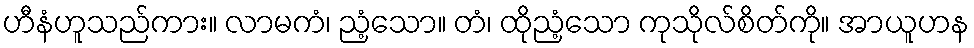
ဟီနံဟူသည်ကား။ လာမကံ၊ ညံ့သော။ တံ၊ ထိုညံ့သော ကုသိုလ်စိတ်ကို။ အာယူဟန